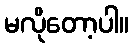
မလိုတော့ပါ။